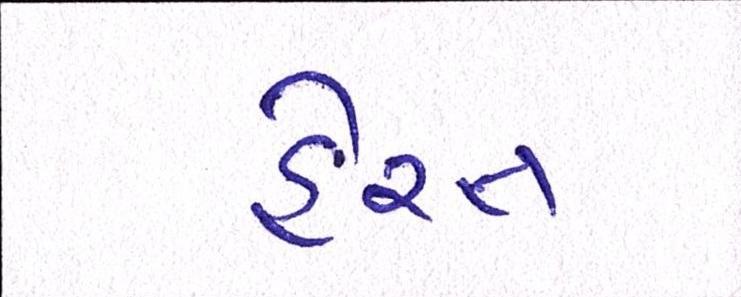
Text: હેરત